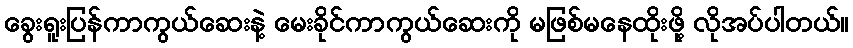
ခွေးရူးပြန်ကာကွယ်ဆေးနဲ့ မေးခိုင်ကာကွယ်ဆေးကို မဖြစ်မနေထိုးဖို့ လိုအပ်ပါတယ်။